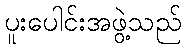
ပူးပေါင်းအဖွဲ့သည်